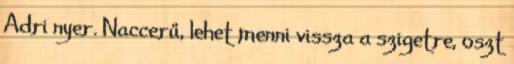
Adri nyer. Naccerű, lehet menni vissza a szigetre, oszt